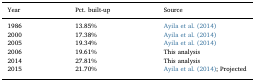
<table><thead><tr><td><b>Year</b></td><td><b>Pct. built-up</b></td><td><b>Source</b></td></tr></thead><tbody><tr><td>1986</td><td>13.85%</td><td>Ayila et al. (2014)</td></tr><tr><td>2000</td><td>17.38%</td><td>Ayila et al. (2014)</td></tr><tr><td>2005</td><td>19.34%</td><td>Ayila et al. (2014)</td></tr><tr><td>2006</td><td>19.61%</td><td>This analysis</td></tr><tr><td>2014</td><td>27.81%</td><td>This analysis</td></tr><tr><td>2015</td><td>21.70%</td><td>Ayila et al. (2014); Projected</td></tr></tbody></table>